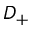
D _ { + }